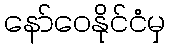
နော်ဝေနိုင်ငံမှ